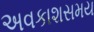
અવકાશસમય